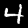
Label: 4